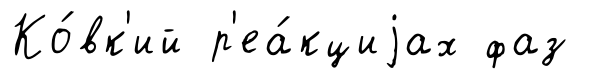
Ко́вк'ий р'еа́кциjах фаз